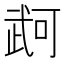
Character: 𭭫